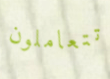
تتعاملون